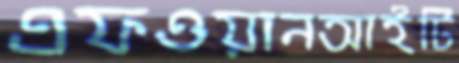
এফওয়ানআইটি